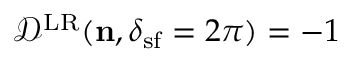
\mathcal { D } ^ { \mathrm { L R } } ( { \bf n } , \delta _ { \mathrm { s f } } = 2 \pi ) = - 1